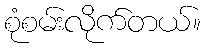
စုံစမ်းလိုက်တယ်။